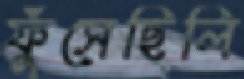
ফুঁসেছিলি